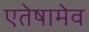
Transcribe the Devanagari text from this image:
एतेषामेव